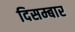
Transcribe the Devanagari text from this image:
दिसम्बार